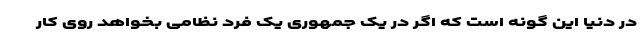
در دنیا این گونه است که اگر در یک جمهوری یک فرد نظامی بخواهد روی کار